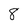
Character: 8